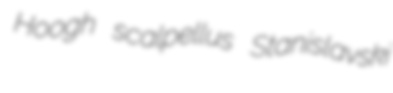
Hoogh scalpellus Stanislavski